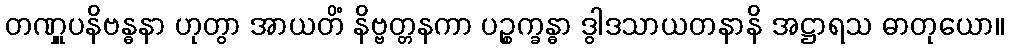
တဏှူပနိဗန္ဓနာ ဟုတွာ အာယတိံ နိဗ္ဗတ္တနကာ ပဉ္စက္ခန္ဓာ ဒွါဒသာယတနာနိ အဋ္ဌာရသ ဓာတုယော။